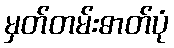
မှတ်တမ်းဓာတ်ပုံ